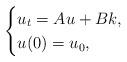
LaTeX: \begin{align*}\begin{cases} u_t=Au+Bk,\\ u(0)=u_0,\end{cases}\end{align*}